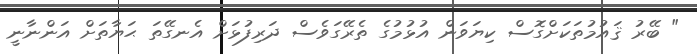
" ބޭރު ޤައުމުތަކަށްގޮސް ކިޔަވަން އުޅުމުގެ ތެރޭގަވެސް ދަރިފުޅަށް އެނގޭތަ ޙަޔާތަށް އަންނާނީ